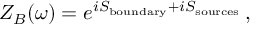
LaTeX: Z _ { B } ( \omega ) = e ^ { i S _ { \mathrm { b o u n d a r y } } + i S _ { \mathrm { s o u r c e s } } } \, ,